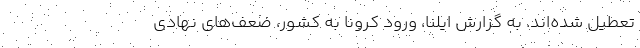
تعطیل شده‌اند. به گزارش ایلنا، ورود کرونا به کشور، ضعف‌های نهادی